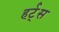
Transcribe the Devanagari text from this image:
हर्ट्‌स